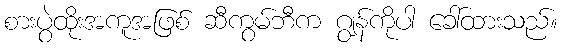
စားပွဲထိုးအကူအဖြစ် ဆီကွမ်ဘီက ဂျွန်ကိုပါ ခေါ်ထားသည်။